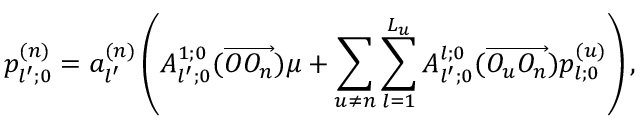
p _ { l ^ { \prime } ; 0 } ^ { ( n ) } = a _ { l ^ { \prime } } ^ { ( n ) } \left( A _ { l ^ { \prime } ; 0 } ^ { 1 ; 0 } ( \overrightarrow { O O _ { n } } ) \mu + \sum _ { u \neq n } \sum _ { l = 1 } ^ { L _ { u } } A _ { l ^ { \prime } ; 0 } ^ { l ; 0 } ( \overrightarrow { O _ { u } O _ { n } } ) p _ { l ; 0 } ^ { ( u ) } \right) ,